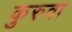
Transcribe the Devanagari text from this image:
कुरुवा